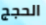
الحجج